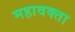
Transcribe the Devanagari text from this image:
महावक्ता